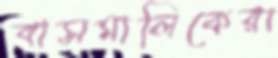
বাসমালিকেরা